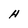
Character: H